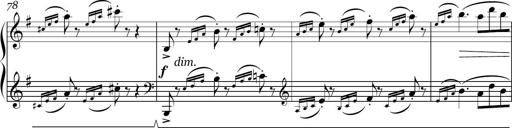
Title: Sonatina in E minor
Composer: Shuwen Zhang
Key: E minor